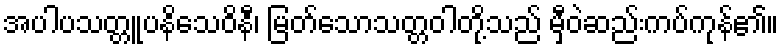
အပါပသတ္တူပနိသေဝိနီ၊ မြတ်သောသတ္တဝါတို့သည် မှီဝဲဆည်းကပ်ကုန်၏။